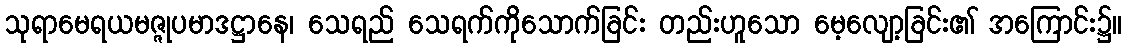
သုရာမေရယမဇ္ဇုပမာဒဋ္ဌာနေ၊ သေရည် သေရက်ကိုသောက်ခြင်း တည်းဟူသော မေ့လျော့ခြင်း၏ အကြောင်း၌။